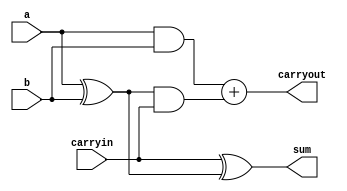
module fa_data(a , b , carryin , sum , carryout);

input a,b,carryin;
output sum,carryout;
wire w1,w2,w3;

assign w1 = a ^ b;
assign w2 = a & b;
assign sum = carryin ^ w1;
assign w3 = w1 & carryin;
assign carryout = w2 + w3;

endmodule